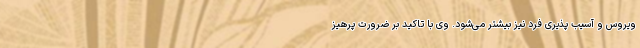
ویروس و آسیب پذیری فرد نیز بیشتر می‌شود. وی با تاکید بر ضرورت پرهیز